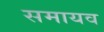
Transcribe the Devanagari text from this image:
समायव